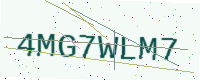
Text: 4MG7WLM7